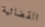
القضائية